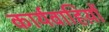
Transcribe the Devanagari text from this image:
कार्यवाहिय़ों